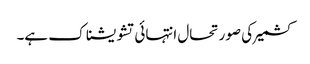
کشمیر کی صورتحال انتہائی تشویشناک ہے۔